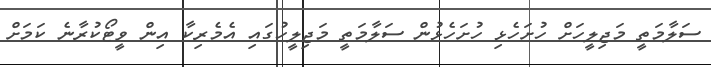
ސަލާމަތީ މަޖިލީހަށް ހުށަހެޅި ހުށަހެޅުން ސަލާމަތީ މަޖިލީހުގައި އެމެރިކާ އިން ވީޓޯކުރާނެ ކަމަށް